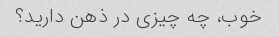
خوب، چه چیزی در ذهن دارید؟